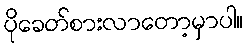
ပိုခေတ်စားလာတော့မှာပါ။